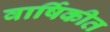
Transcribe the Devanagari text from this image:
वार्षिकीत